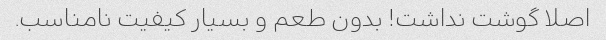
اصلا گوشت نداشت! بدون طعم و بسیار کیفیت نامناسب.